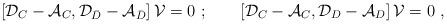
LaTeX: \begin{align*}\left[{\cal D}_C-{\cal A}_C,{\cal D}_{\bar D}-{\cal A}_{\bar D}\right]{\cal V}=0\ ;\qquad\left[{\cal D}_C-{\cal A}_C,{\cal D}_D-{\cal A}_D\right]{\cal V}=0\ ,\end{align*}